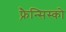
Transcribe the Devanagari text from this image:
फ़्रैन्सिस्को